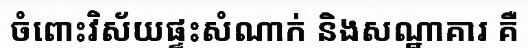
ចំពោះវិស័យផ្ទះសំណាក់ និងសណ្ឋាគារ គឺ